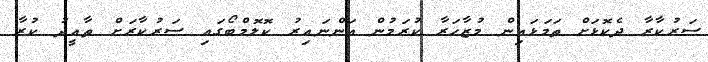
ސަރުކާރާ ދެކޮޅަށް ތަމަޅައިން މުޒާހަރާ ކުރަމުން އަންނައިރު ކޮލޮމްބޯގައި ސަރުކާރަށް ތާއީދު ކުރާ